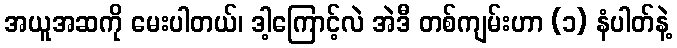
အယူအဆကို မေးပါတယ်၊ ဒါ့ကြောင့်လဲ အဲဒီ တစ်ကျမ်းဟာ (၁) နံပါတ်နဲ့